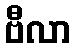
ဗီလာ